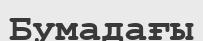
Бумадағы